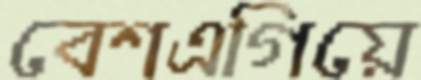
বেশএগিয়ে